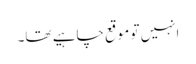
انہیں تو موقع چاہیے تھا۔